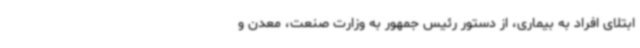
ابتلای افراد به بیماری، از دستور رئیس جمهور به وزارت صنعت، معدن و